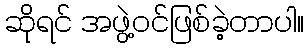
ဆိုရင် အဖွဲ့ဝင်ဖြစ်ခဲ့တာပါ။